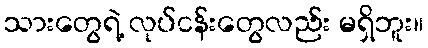
သားတွေရဲ့ လုပ်ငန်းတွေလည်း မရှိဘူး။